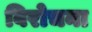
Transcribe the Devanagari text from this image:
विरोचना